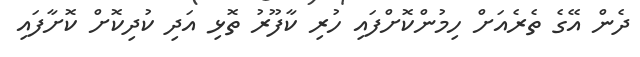
ދެން އޭގެ ތެރެއަށް ހިމުންކޮށްފައި ހުރި ކާފޫރު ތޮޅި އަދި ކުދިކޮށް ކޮށާފައި